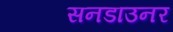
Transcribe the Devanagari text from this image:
सनडाउनर